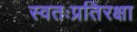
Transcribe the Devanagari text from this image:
स्वतःप्रतिरक्षा